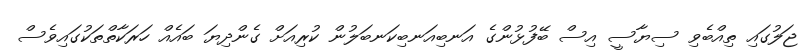
ޖަލުގައި ތިއްބެވި ސިޔާސީ އިސް ބޭފުޅުންގެ އަނބިއަނބިކަނބަލުން ކުރިއަށް ގެންދިޔަ ބައެއް ހަރަކާތްތަކުގައިވެސް